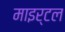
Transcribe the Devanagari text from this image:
माइर्टल